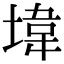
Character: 㙔